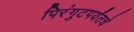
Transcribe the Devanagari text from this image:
पिरंगुटपर्यंतचे